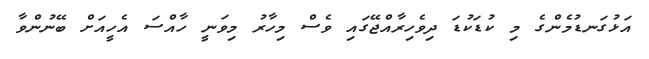
އަޅުގަނޑުމެންގެ މި ކުޑަކުޑަ ދިވެހިރާއްޖޭގައި ވެސް މިހާރު މިވަނީ ހާއްސަ އެހީއަށް ބޭނުންވާ